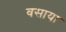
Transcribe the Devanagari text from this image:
वसाया